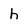
Character: h